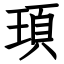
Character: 頊